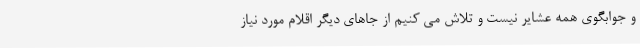
و جوابگوی همه عشایر نیست و تلاش می کنیم از جاهای دیگر اقلام مورد نیاز